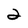
Character: 2